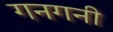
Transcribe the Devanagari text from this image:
गनगनी